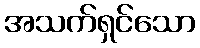
အသက်ရှင်သော